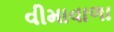
વીમાવાળા